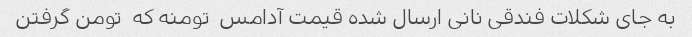
به جای شکلات فندقی نانی ارسال شده قیمت آدامس  تومنه که  تومن گرفتن